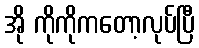
အို ကိုကိုကတော့လုပ်ပြီ